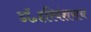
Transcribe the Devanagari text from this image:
डॉ॰हरिवंशराय